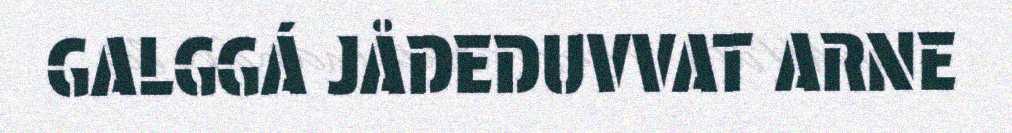
GALGGÁ JÅDEDUVVAT ARNE